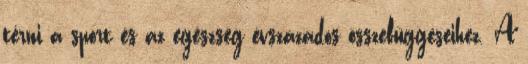
térni a sport és az egészség évszázados összefüggéseihez. A